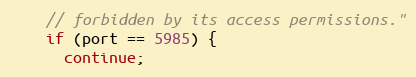
Language: C++
    // forbidden by its access permissions."
    if (port == 5985) {
      continue;